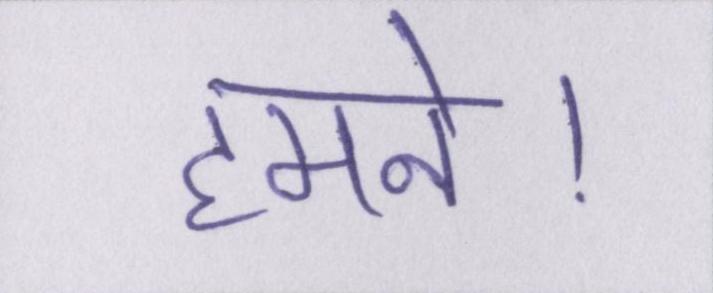
हमने।